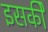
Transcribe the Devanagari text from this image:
इसकीे